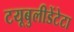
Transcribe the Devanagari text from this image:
टयूबुलीडेंटेटा